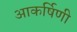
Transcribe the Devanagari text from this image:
आकर्षिणी